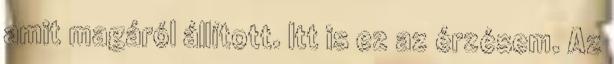
amit magáról állított. Itt is ez az érzésem. Az